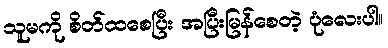
သူမကို စိတ်ထစေပြီး အပြီးမြန်စေတဲ့ ပုံလေးပါ။